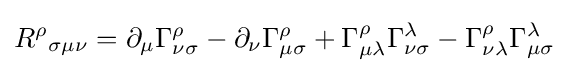
{R^{\rho }}_{\sigma \mu \nu }=\partial _{\mu }\Gamma _{\nu \sigma }^{\rho }-\partial _{\nu }\Gamma _{\mu \sigma }^{\rho }+\Gamma _{\mu \lambda }^{\rho }\Gamma _{\nu \sigma }^{\lambda }-\Gamma _{\nu \lambda }^{\rho }\Gamma _{\mu \sigma }^{\lambda }